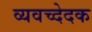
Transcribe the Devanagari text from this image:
व्यवच्देदक